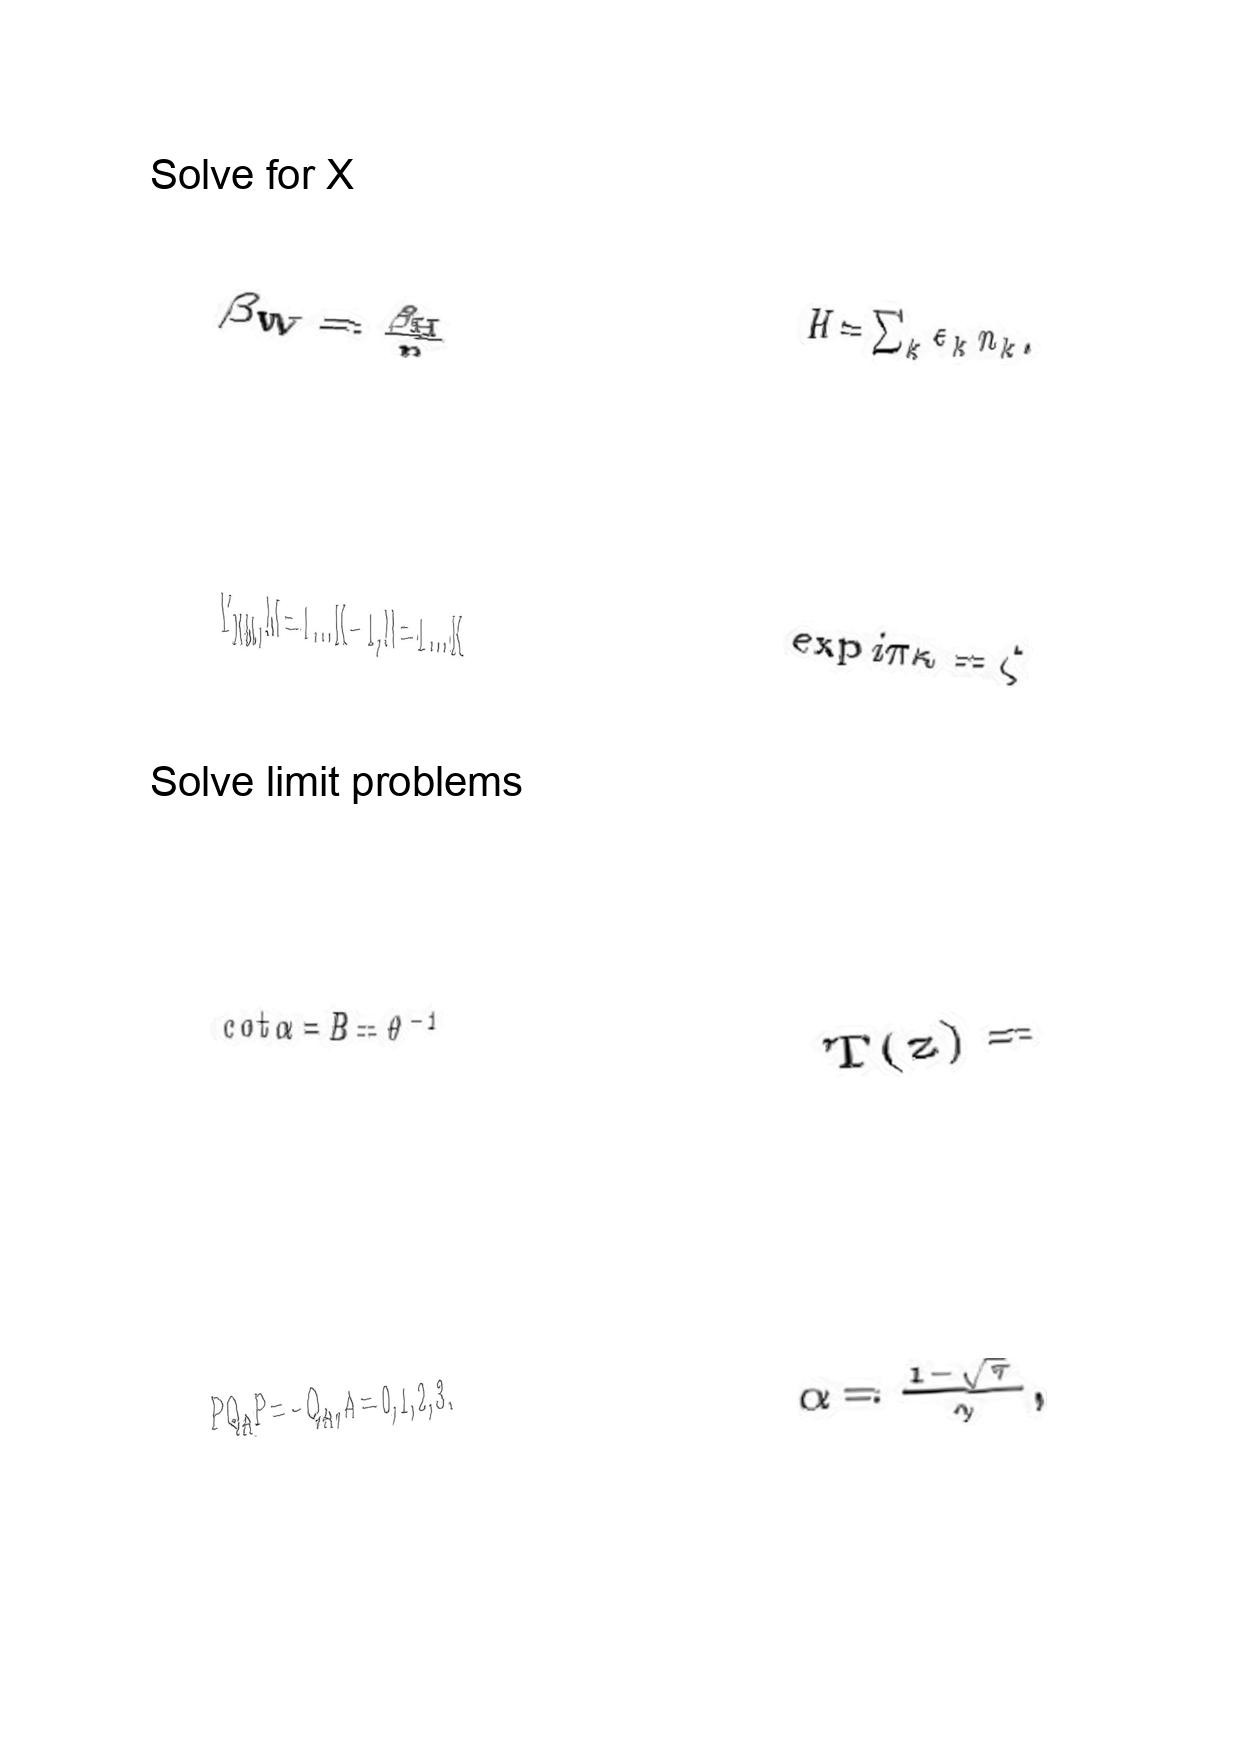
LaTeX transcription:
\beta _ { W } = \frac { \beta _ { H } } { n }
Y _ { N M } , M = 1 \ldots K - 1 , N = 1 \ldots K
\mathrm { c o t } \alpha = B = \theta ^ { - 1 }
P Q _ { A } P = - Q _ { A } , A = 0 , 1 , 2 , 3 .
H = \sum _ { k } \epsilon _ { k } n _ { k } .
\exp i \pi \kappa = \zeta
T \lparen z \rparen =
\alpha = \frac { 1 - \sqrt { \tau } } { \gamma } ,